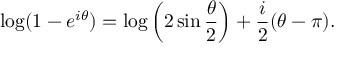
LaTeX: \log ( 1 - e ^ { i \theta } ) = \log \left( 2 \sin \frac { \theta } { 2 } \right) + \frac { i } { 2 } ( \theta - \pi ) .